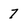
Character: 7